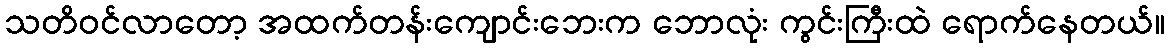
သတိဝင်လာတော့ အထက်တန်းကျောင်းဘေးက ဘောလုံး ကွင်းကြီးထဲ ရောက်နေတယ်။